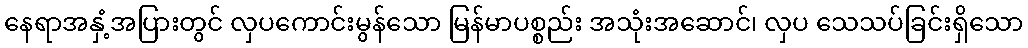
နေရာအနှံ့အပြားတွင် လှပကောင်းမွန်သော မြန်မာပစ္စည်း အသုံးအဆောင်၊ လှပ သေသပ်ခြင်းရှိသော